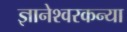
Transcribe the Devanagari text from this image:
ज्ञानेश्वरकन्या